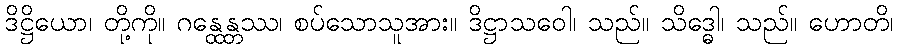
ဒိဋ္ဌိယော၊ တို့ကို။ ဂန္ထေန္တဿ၊ စပ်သောသူအား။ ဒိဋ္ဌာသဝေါ၊ သည်။ သိဒ္ဓေါ၊ သည်။ ဟောတိ၊